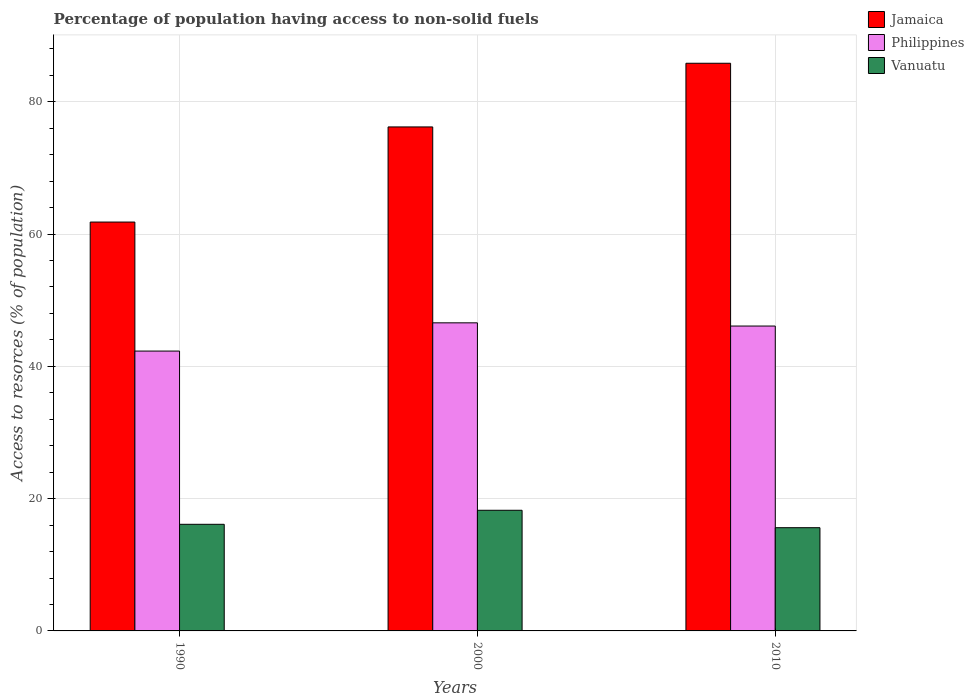
| Years | Jamaica | Philippines | Vanuatu |
 | --- | --- | --- | --- |
 | 1990 | 61.8 | 42.3 | 16.1 |
 | 2000 | 76.2 | 46.6 | 18.2 |
 | 2010 | 85.8 | 46.1 | 15.6 |